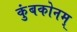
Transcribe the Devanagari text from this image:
कुंबकोनम्